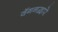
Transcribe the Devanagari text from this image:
वॅगनद्वारे